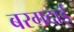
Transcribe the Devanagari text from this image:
बरगदाई